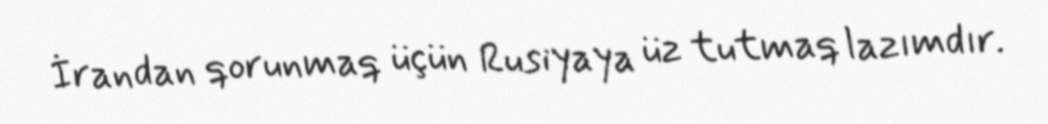
İrandan qorunmaq üçün Rusiyaya üz tutmaq lazımdır.